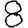
Digit: 8